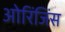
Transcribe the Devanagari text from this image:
ओरिंजिंस